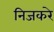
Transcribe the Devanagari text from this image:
निजकरे